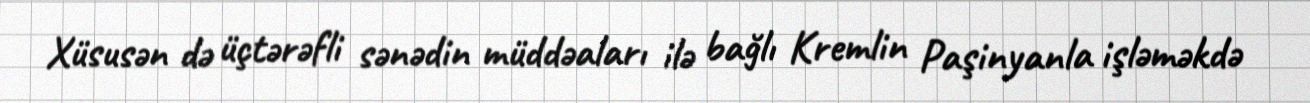
Xüsusən də üçtərəfli sənədin müddəaları ilə bağlı Kremlin Paşinyanla işləməkdə